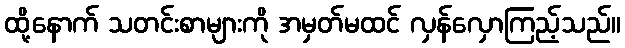
ထို့နောက် သတင်းစာများကို အမှတ်မထင် လှန်လှောကြည့်သည်။